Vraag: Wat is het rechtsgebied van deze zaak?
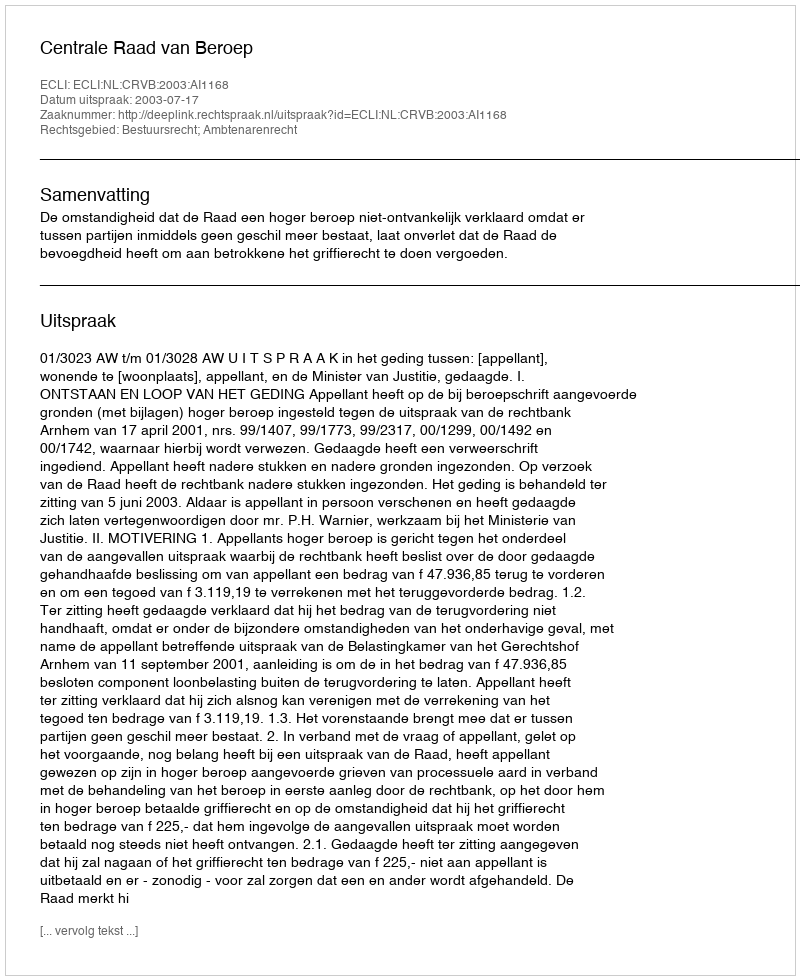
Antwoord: Bestuursrecht; Ambtenarenrecht